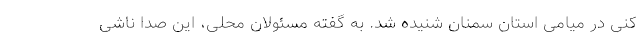
کنی در میامی استان سمنان شنيده شد. به گفته مسئولان محلی، این صدا ناشی